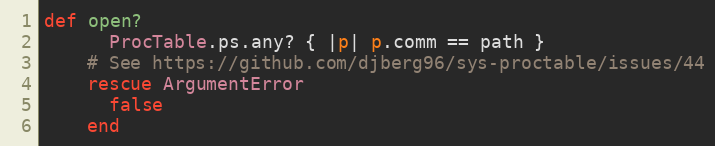
Language: Ruby
def open?
      ProcTable.ps.any? { |p| p.comm == path }
    # See https://github.com/djberg96/sys-proctable/issues/44
    rescue ArgumentError
      false
    end